Annual report of the Punjab Veterinary College and of the Civil Veterinary Department, Punjab - 1909-1919
Year: 1909
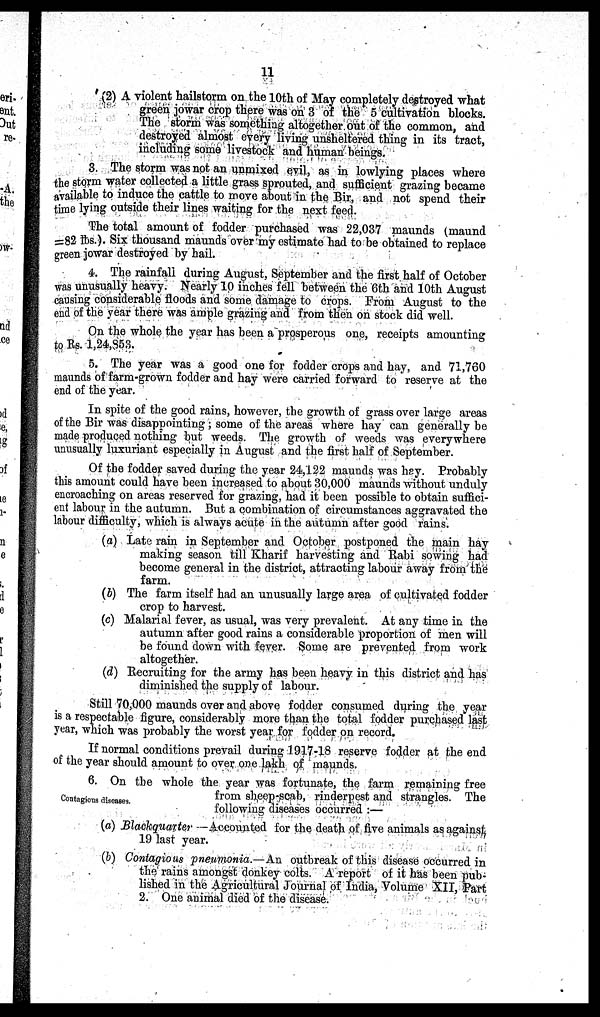
11
(2) A violent hailstorm on the 10th of May completely destroyed what
green jowar crop there was on 3 of the 5 cultivation blocks.
The storm was something altogether out of the common, and
destroyed almost every living unsheltered thing in its tract,
including some livestock and human beings.
3. The storm was not an unmixed evil, as in lowlying places where
the storm water collected a little grass sprouted, and sufficient grazing became
available to induce the cattle to move about in the Bir, and not spend their
time lying outside their lines waiting for the next feed.
The total amount of fodder purchased was 22,037 maunds (maund
=82 lbs.). Six thousand maunds over my estimate had to be obtained to replace
green jowar destroyed by hail.
4. The rainfall during August, September and the first half of October
was unusually heavy. Nearly 10 inches fell between the 6th and 10th August
causing considerable floods and some damage to crops. From August to the
end of the year there was ample grazing and from then on stock did well.
On the whole the year has been a prosperous one, receipts amounting
to Rs. 1,24,853.
5. The year was a good one for fodder crops and bay, and 71,760
maunds of farm-grown fodder and hay were carried forward to reserve at the
end of the year.
In spite of the good rains, however, the growth of grass over large areas
of the Bir was disappointing ; some of the areas where hay can generally be
made produced nothing but weeds. The growth of weeds was everywhere
unusually luxuriant especially in August and the first half of September.
Of the fodder saved during the year 24,122 maunds was hay. Probably
this amount could have been increased to about 30,000 maunds without unduly
encroaching on areas reserved for grazing, had it been possible to obtain suffici-
ent labour in the autumn. But a combination of circumstances aggravated the
labour difficulty, which is always acute in the autumn after good rains.
(a) Late rain in September and October postponed the main hay
making season till Kharif harvesting and Rabi sowing had
become general in the district, attracting labour away from the
farm.
(b) The farm itself had an unusually large area of cultivated fodder
crop to harvest.
(c) Malarial fever, as usual, was very prevalent. At any time in the
autumn after good rains a considerable proportion of men will
be found down with fever. Some are prevented from work
altogether.
(d) Recruiting for the army has been heavy in this district and has
diminished the supply of labour.
Still 70,000 maunds over and above fodder consumed during the year
is a respectable figure, considerably more than the total fodder purchased last
year, which was probably the worst year for fodder on record.
If normal conditions prevail during 1917-18 reserve fodder at the end
of the year should amount to over one lakh of maunds.
Contagious diseases.
6. On the whole the year was fortunate, the farm remaining free
from sheep-scab, rinderpest and strangles. The
following diseases occurred :—
(a) Blackquarter -Accounted for the death of five animals as against
19 last year.
(b) Contagious pneumonia.— An outbreak of this disease occurred in
the rains amongst donkey colts. A report of it has been pub-
lished in the Agricultural Journal of India, Volume XII, Part
2. One animal died of the disease.